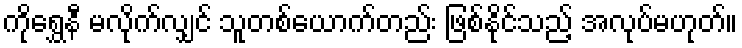
ကိုရွှေနီ မလိုက်လျှင် သူတစ်ယောက်တည်း ဖြစ်နိုင်သည့် အလုပ်မဟုတ်။